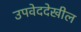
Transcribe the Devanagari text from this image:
उपवेददेखील